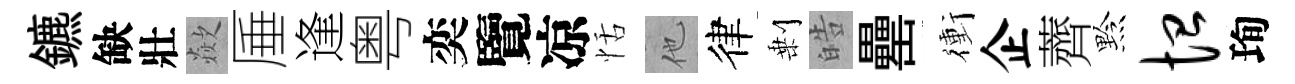
鑣缺壯歘厜逢粤奕覽凉恬他律剰皓罍衝企薺黔恤珣